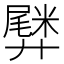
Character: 𫸡